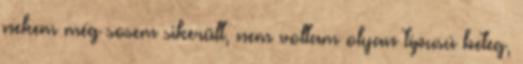
nekem még sosem sikerült, nem voltam olyan típusú beteg,